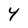
Character: Y